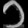
Digit: ၁